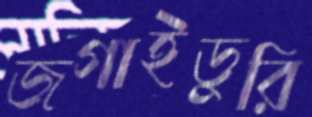
জগাইডুরি